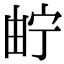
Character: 𤱤